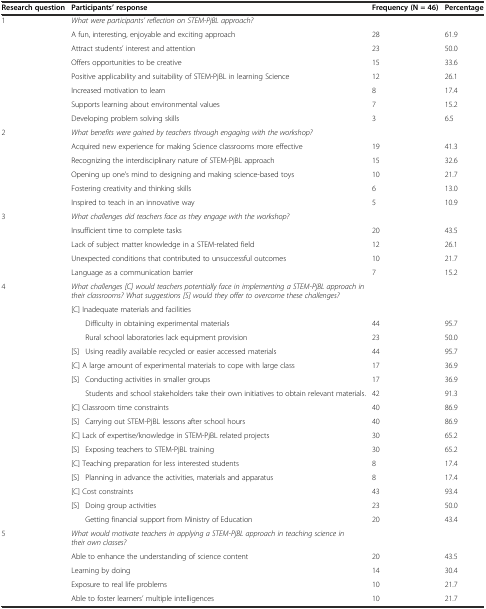
<table><thead><tr><td><b>Research question</b></td><td colspan="2"><b>Participants’ response</b></td><td><b>Frequency (N = 46)</b></td><td><b>Percentage</b></td></tr></thead><tbody><tr><td>1</td><td colspan="4"><i>What were participants’ reflection on STEM-PjBL approach?</i></td></tr><tr><td></td><td colspan="2">A fun, interesting, enjoyable and exciting approach</td><td>28</td><td>61.9</td></tr><tr><td></td><td colspan="2">Attract students’ interest and attention</td><td>23</td><td>50.0</td></tr><tr><td></td><td colspan="2">Offers opportunities to be creative</td><td>15</td><td>33.6</td></tr><tr><td></td><td colspan="2">Positive applicability and suitability of STEM-PjBL in learning Science</td><td>12</td><td>26.1</td></tr><tr><td></td><td colspan="2">Increased motivation to learn</td><td>8</td><td>17.4</td></tr><tr><td></td><td colspan="2">Supports learning about environmental values</td><td>7</td><td>15.2</td></tr><tr><td></td><td colspan="2">Developing problem solving skills</td><td>3</td><td>6.5</td></tr><tr><td>2</td><td colspan="4"><i>What benefits were gained by teachers through engaging with the workshop?</i></td></tr><tr><td></td><td colspan="2">Acquired new experience for making Science classrooms more effective</td><td>19</td><td>41.3</td></tr><tr><td></td><td colspan="2">Recognizing the interdisciplinary nature of STEM-PjBL approach</td><td>15</td><td>32.6</td></tr><tr><td></td><td colspan="2">Opening up one’s mind to designing and making science-based toys</td><td>10</td><td>21.7</td></tr><tr><td></td><td colspan="2">Fostering creativity and thinking skills</td><td>6</td><td>13.0</td></tr><tr><td></td><td colspan="2">Inspired to teach in an innovative way</td><td>5</td><td>10.9</td></tr><tr><td>3</td><td colspan="2"><i>What challenges did teachers face as they engage with the workshop?</i></td><td></td><td></td></tr><tr><td></td><td colspan="2">Insufficient time to complete tasks</td><td>20</td><td>43.5</td></tr><tr><td></td><td colspan="2">Lack of subject matter knowledge in a STEM-related field</td><td>12</td><td>26.1</td></tr><tr><td></td><td colspan="2">Unexpected conditions that contributed to unsuccessful outcomes</td><td>10</td><td>21.7</td></tr><tr><td></td><td colspan="2">Language as a communication barrier</td><td>7</td><td>15.2</td></tr><tr><td>4</td><td colspan="2"><i>What challenges [C] would teachers potentially face in implementing a STEM-PjBL approach in their classrooms? What suggestions [S] would they offer to overcome these challenges?</i></td><td></td><td></td></tr><tr><td></td><td colspan="2">[C] Inadequate materials and facilities</td><td></td><td></td></tr><tr><td></td><td></td><td>Difficulty in obtaining experimental materials</td><td>44</td><td>95.7</td></tr><tr><td></td><td></td><td>Rural school laboratories lack equipment provision</td><td>23</td><td>50.0</td></tr><tr><td></td><td>[S]</td><td>Using readily available recycled or easier accessed materials</td><td>44</td><td>95.7</td></tr><tr><td></td><td colspan="2">[C] A large amount of experimental materials to cope with large class</td><td>17</td><td>36.9</td></tr><tr><td></td><td>[S]</td><td>Conducting activities in smaller groups</td><td>17</td><td>36.9</td></tr><tr><td></td><td></td><td>Students and school stakeholders take their own initiatives to obtain relevant materials.</td><td>42</td><td>91.3</td></tr><tr><td></td><td colspan="2">[C] Classroom time constraints</td><td>40</td><td>86.9</td></tr><tr><td></td><td>[S]</td><td>Carrying out STEM-PjBL lessons after school hours</td><td>40</td><td>86.9</td></tr><tr><td></td><td colspan="2">[C] Lack of expertise/knowledge in STEM-PjBL related projects</td><td>30</td><td>65.2</td></tr><tr><td></td><td>[S]</td><td>Exposing teachers to STEM-PjBL training</td><td>30</td><td>65.2</td></tr><tr><td></td><td colspan="2">[C] Teaching preparation for less interested students</td><td>8</td><td>17.4</td></tr><tr><td></td><td>[S]</td><td>Planning in advance the activities, materials and apparatus</td><td>8</td><td>17.4</td></tr><tr><td></td><td colspan="2">[C] Cost constraints</td><td>43</td><td>93.4</td></tr><tr><td></td><td>[S]</td><td>Doing group activities</td><td>23</td><td>50.0</td></tr><tr><td></td><td></td><td>Getting financial support from Ministry of Education</td><td>20</td><td>43.4</td></tr><tr><td>5</td><td colspan="2"><i>What would motivate teachers in applying a STEM-PjBL approach in teaching science in their own classes?</i></td><td></td><td></td></tr><tr><td></td><td colspan="2">Able to enhance the understanding of science content</td><td>20</td><td>43.5</td></tr><tr><td></td><td colspan="2">Learning by doing</td><td>14</td><td>30.4</td></tr><tr><td></td><td colspan="2">Exposure to real life problems</td><td>10</td><td>21.7</td></tr><tr><td></td><td colspan="2">Able to foster learners’ multiple intelligences</td><td>10</td><td>21.7</td></tr></tbody></table>